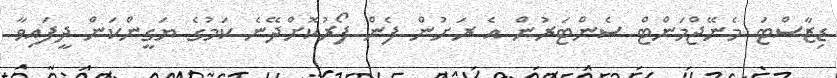
ޑިޒާސްޓަ މެނޭޖްމަންޓް ސެންޓަރުން އެ ރަށުން ފެން ފޯރުކޮށްދޭނެ ކަމުގެ ޔަގީންކަން ދީފައިވާ